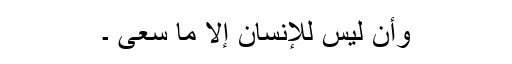
وَأَن لَّيْسَ لِلْإِنسَانِ إِلَّا مَا سَعَى ۔